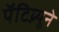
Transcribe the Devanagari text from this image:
पॅटिग्र्युने